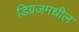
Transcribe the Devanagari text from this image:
डिग्रजमधील